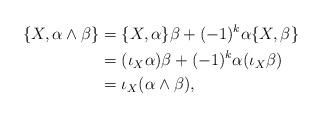
LaTeX: \begin{align*}\{X,\alpha\wedge\beta\}&=\{X,\alpha\}\beta+(-1)^{k}\alpha\{X,\beta\}\\&=(\iota_X\alpha)\beta+(-1)^{k}\alpha(\iota_X\beta)\\&=\iota_X(\alpha\wedge\beta),\end{align*}